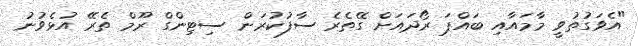
"އެވަގުތުވީ މާމައާއި ބައްޕަ ރޯދައަށް ގޭތެރެ ސާފުކުރަން ސިޓިންގް ރޫމް ތެރޭ އުޅެވުނު